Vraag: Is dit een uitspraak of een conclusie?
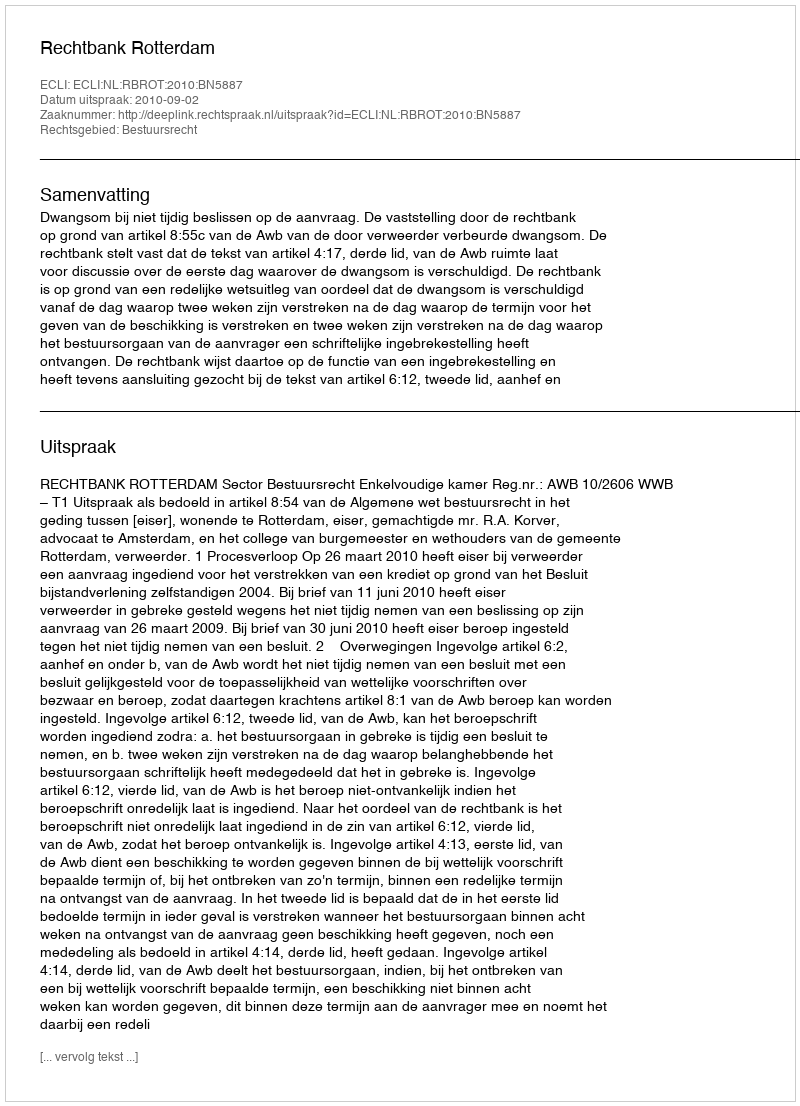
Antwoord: Uitspraak